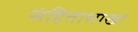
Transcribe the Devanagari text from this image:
संहिताशाखा